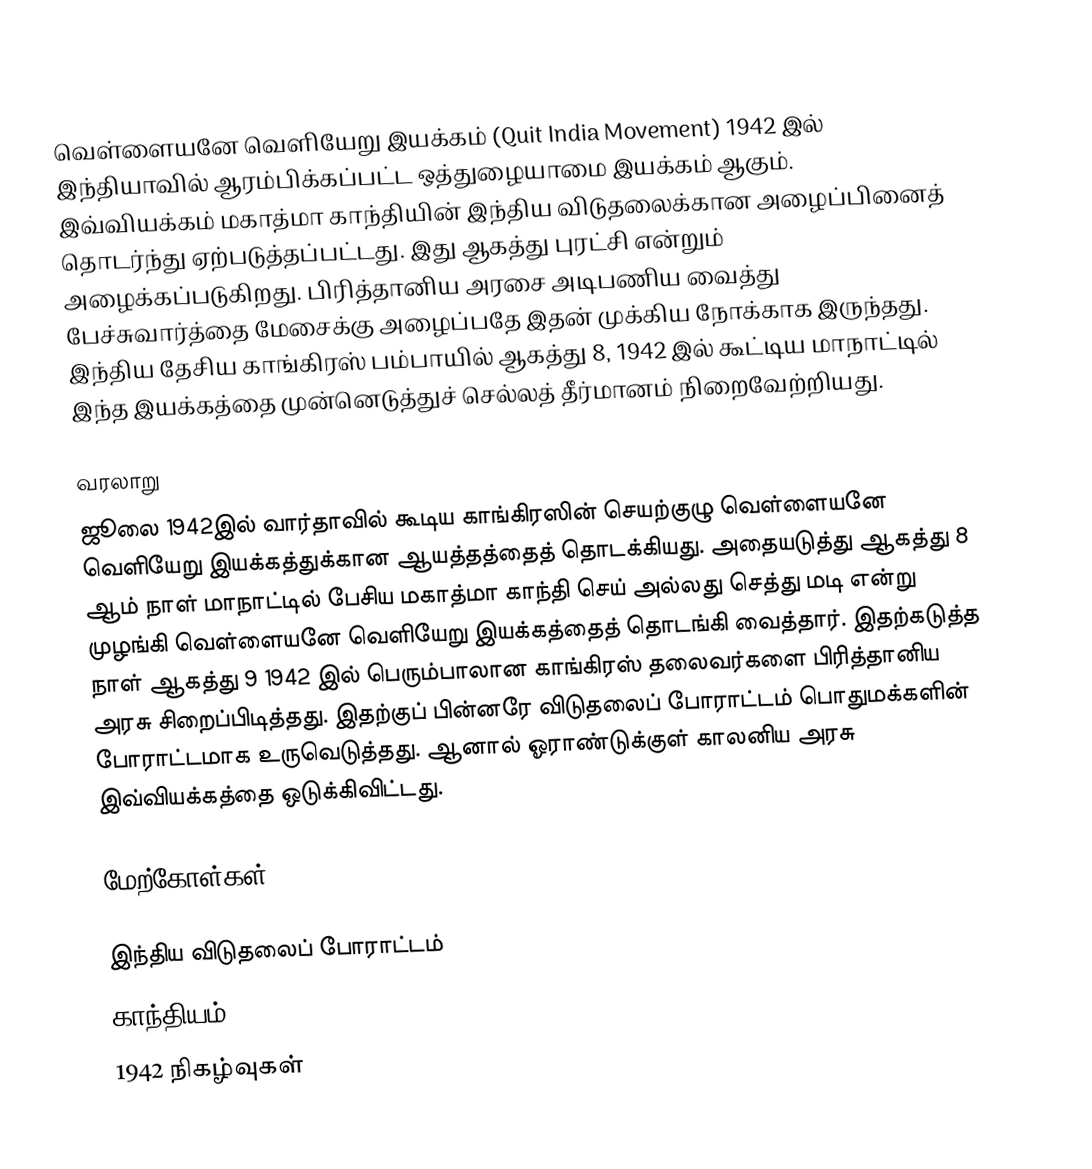
வெள்ளையனே வெளியேறு இயக்கம் (Quit India Movement) 1942 இல் இந்தியாவில் ஆரம்பிக்கப்பட்ட ஒத்துழையாமை இயக்கம் ஆகும். இவ்வியக்கம் மகாத்மா காந்தியின் இந்திய விடுதலைக்கான அழைப்பினைத் தொடர்ந்து ஏற்படுத்தப்பட்டது. இது ஆகத்து புரட்சி என்றும் அழைக்கப்படுகிறது. பிரித்தானிய அரசை அடிபணிய வைத்து பேச்சுவார்த்தை மேசைக்கு அழைப்பதே இதன் முக்கிய நோக்காக இருந்தது. இந்திய தேசிய காங்கிரஸ் பம்பாயில் ஆகத்து 8, 1942 இல் கூட்டிய மாநாட்டில் இந்த இயக்கத்தை முன்னெடுத்துச் செல்லத் தீர்மானம் நிறைவேற்றியது.

வரலாறு
ஜூலை 1942இல் வார்தாவில் கூடிய காங்கிரஸின் செயற்குழு வெள்ளையனே வெளியேறு இயக்கத்துக்கான ஆயத்தத்தைத் தொடக்கியது. அதையடுத்து ஆகத்து 8 ஆம் நாள் மாநாட்டில் பேசிய மகாத்மா காந்தி செய் அல்லது செத்து மடி என்று முழங்கி வெள்ளையனே வெளியேறு இயக்கத்தைத் தொடங்கி வைத்தார். இதற்கடுத்த நாள் ஆகத்து 9 1942 இல் பெரும்பாலான காங்கிரஸ் தலைவர்களை பிரித்தானிய அரசு சிறைப்பிடித்தது. இதற்குப் பின்னரே விடுதலைப் போராட்டம் பொதுமக்களின் போராட்டமாக உருவெடுத்தது. ஆனால் ஓராண்டுக்குள் காலனிய அரசு இவ்வியக்கத்தை ஒடுக்கிவிட்டது.

மேற்கோள்கள்

இந்திய விடுதலைப் போராட்டம்
காந்தியம்
1942 நிகழ்வுகள்